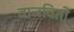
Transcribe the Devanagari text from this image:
वाजवितो